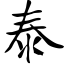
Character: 泰